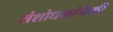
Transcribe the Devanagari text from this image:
संशोधकांपैकी